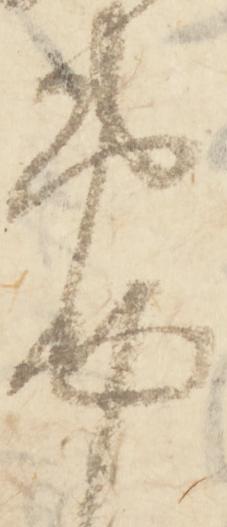
筆